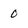
Character: 0